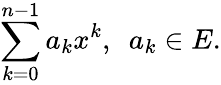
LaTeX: \sum_{k=0}^{n-1}a_{k}x^{k},\ \ a_{k}\in E.